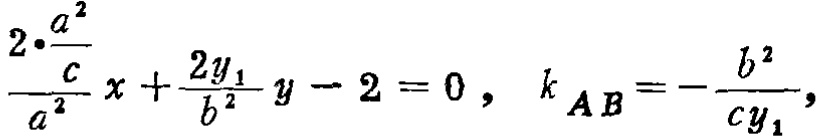
$\frac{2\cdot\frac{a^{2}}{c}}{a^{2}}x + \frac{2y_{1}}{b^{2}}y - 2 = 0,\ k_{AB}=-\frac{b^{2}}{cy_{1}}$